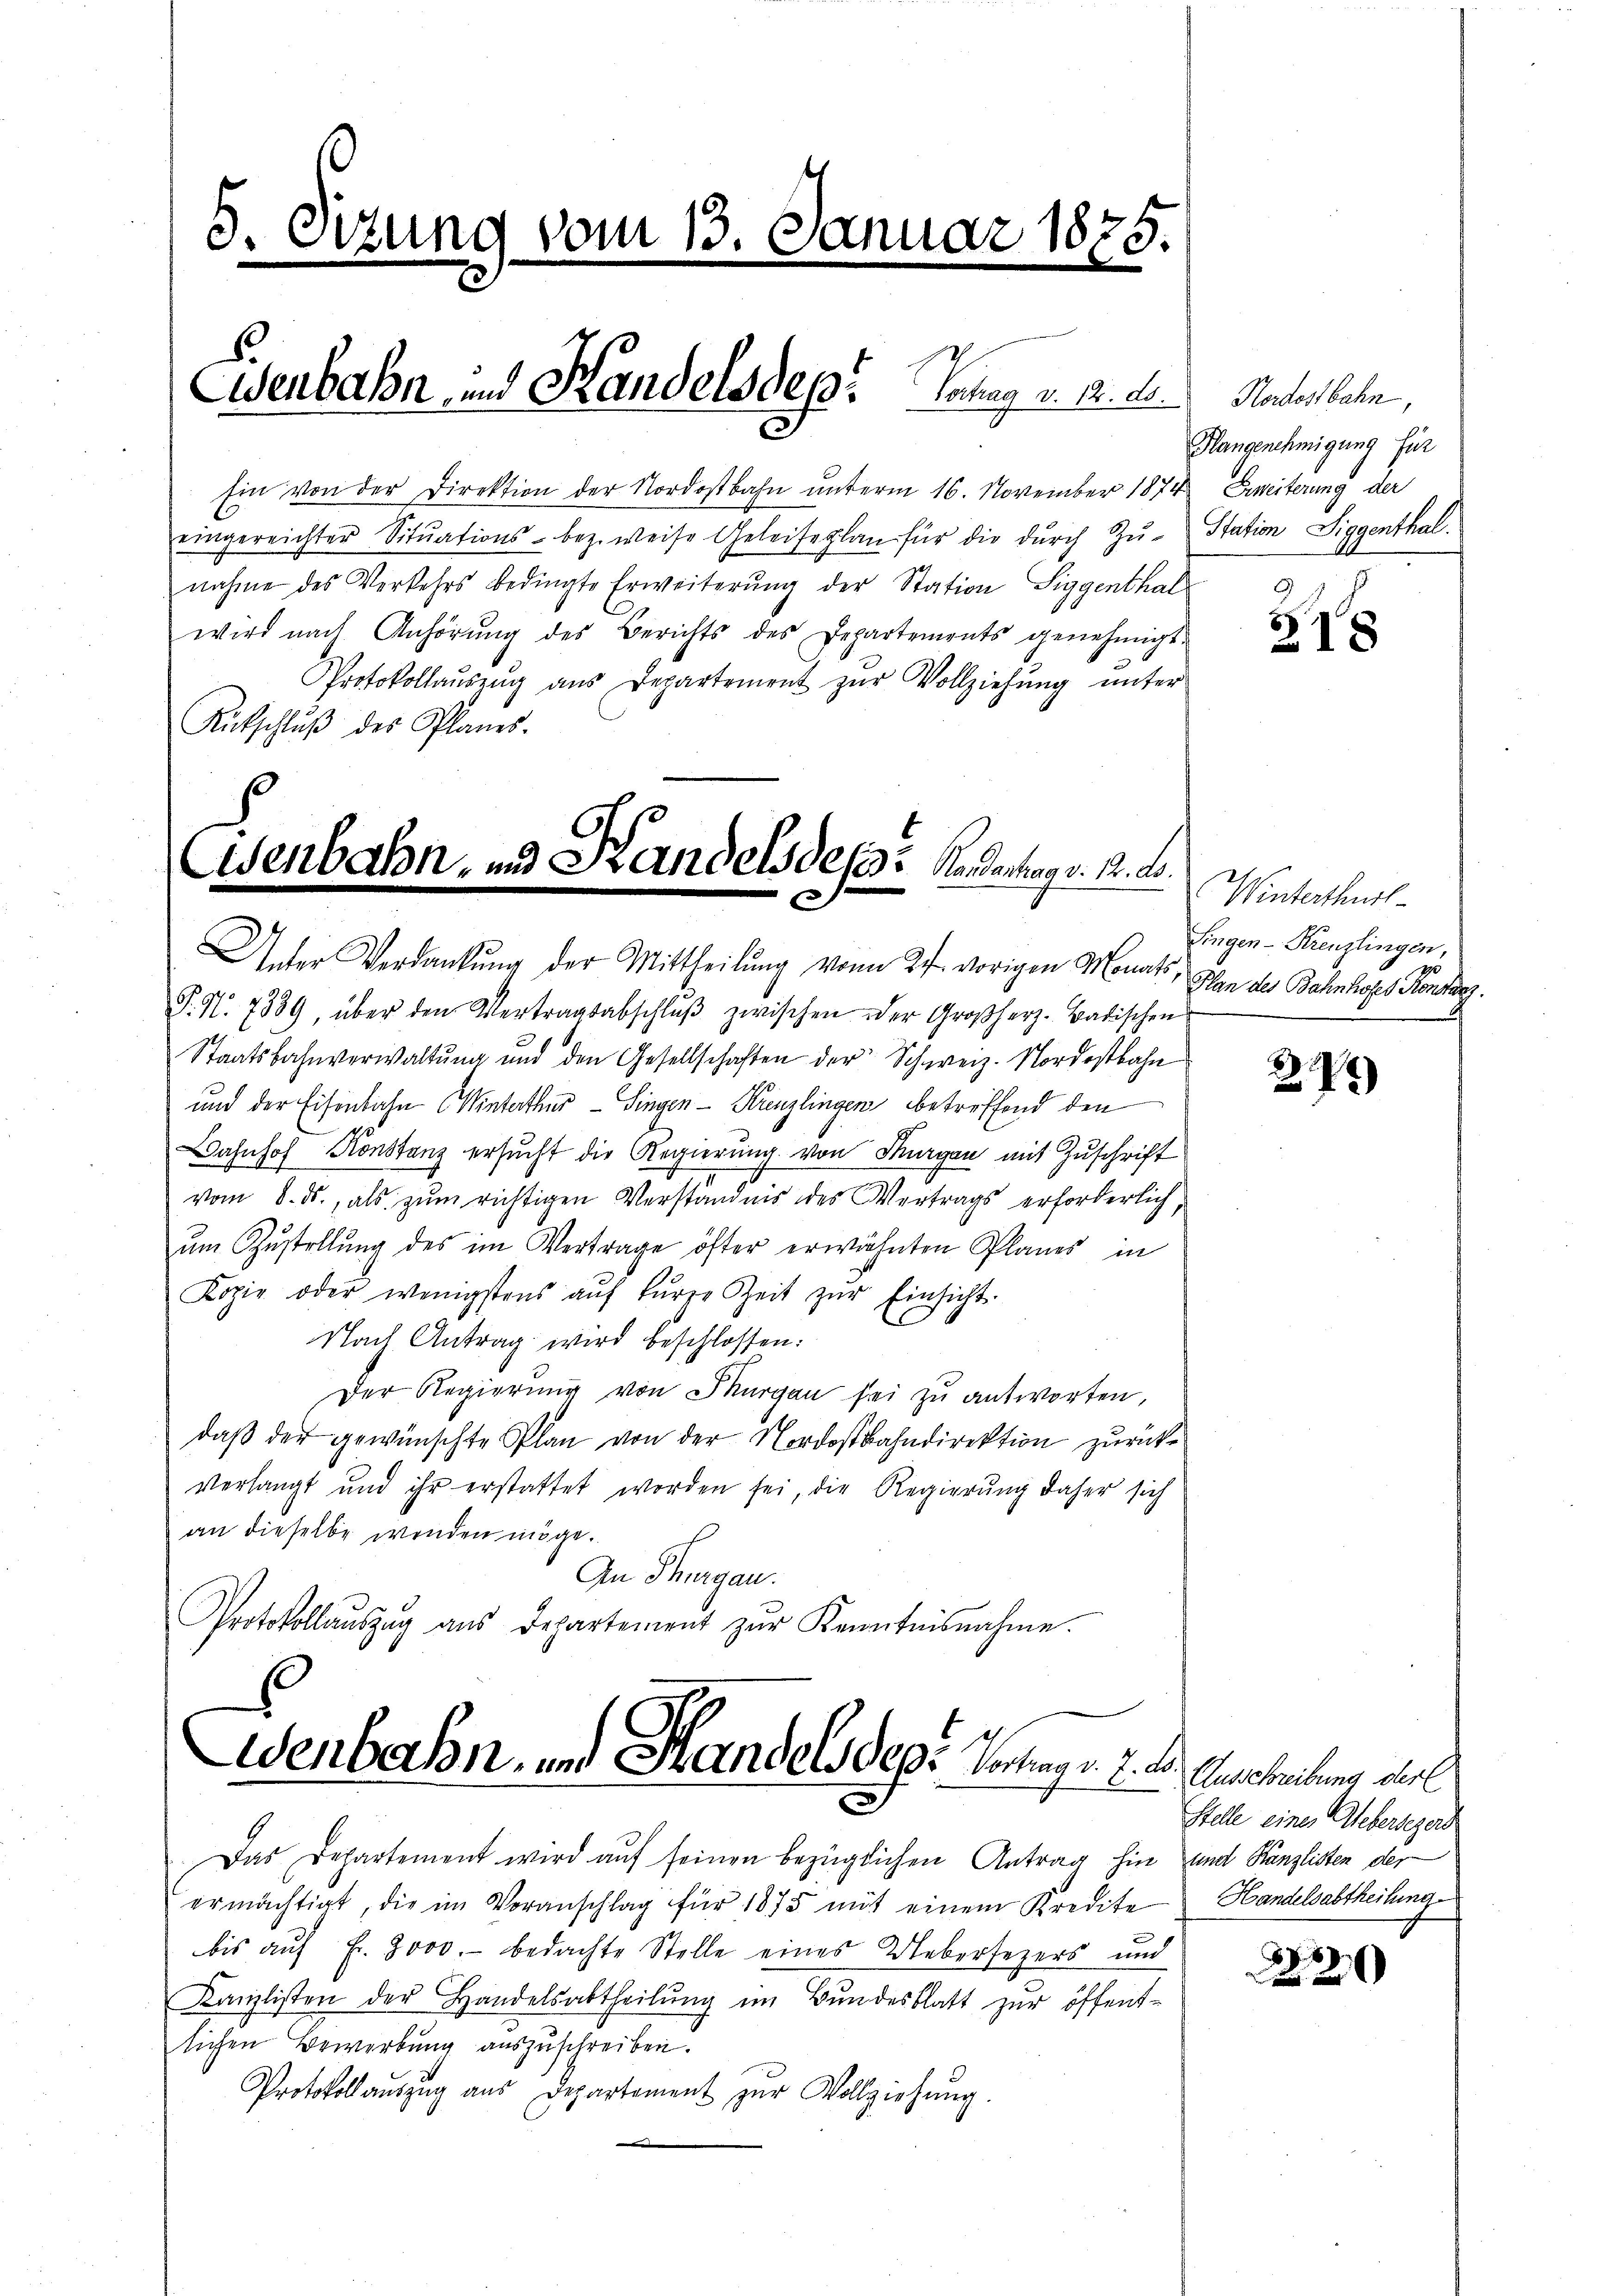
5. Sitzung vom 13. Januar 1875.

Ein von der Direktion der Nordostbahn unterm 16. November 1874
eingereichter Sitŭations- bez. weise Geleiseplan für die dŭrch Zŭ- Station Siggenthalnahme des Verkehrs bedingte Erweiterung der Station Siggenthal
wird nach Anhörŭng des Berichts des Departements genehmigt.
Protokollaŭseng ans Departement zŭr Vollziehŭng ŭnter
Rütschlŭβ des Planes.

Eisenbahn- und Standels des Kandertrag v. 1. d.

Eisenbahn und Handelsdep: Vortrag v. 12. d. Nachachhale,

Wenbahn, und Handels der Frage 2. d.

Unter Verdankung der Mittheilung vom 27. vorigen Monats, Ihn des Bahnhofes Kontag.
P. N. 7889, über den Vertragsabschlŭβ zwischen der Großherz-Badischen
Staatsbahnverwaltŭng und den Gesellschaften der Schweiz. Nordostbahn
und der Eisenbahn (Winterthur–Singen-Kreuzlingen betreffend den
Bahnhof Konstanz ersucht die Regierung von Thurgau mit Zuschrift
vom 8. ds., als zum richtigen Verständnis des Vortrags erforderlich,
um Zustellung des im Vertrage öfter erwähnten Planes in
Kopie oder wenigstens aŭf kŭrze Zeit zŭr Einsicht-
Nach Antrag wird beschlossen:
Der Regierŭng von Thurgau sei zu antworten,
daß der gewünschte Plan von der Nordostbahndirektion zurückverlangt und ihr erstattet worden sei, die Regierung daher sich
an dieselbe wenden möge.
An Thurgau.
Protokollaŭszŭg aŭs Departement zŭr Kenntnisnahme.

Das Departement wird auf seinen bezüglichen Antrag hin und Kanzlisten der
ermächtigt, die im Voranschlag für 1875 mit einem Kredite

Hangenehmigung für
Bereiterung der

Winterthur
singen-Kreuzlingen,

Ausschreibung der
Stelle eines Aebersezerd
Handelsabtheilung

bis aŭf Fr. 3000.- bedachte Stelle eines Uebersezers und
Kanzlisten der Handelsabtheilŭng im Bundesblatt zur öffent-
lichen Bewerbung auszuschreiben.
Protokoll auszug aus Departement zŭr Vollziehŭng.

318

27)

20